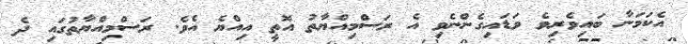
އެކަމަނާ ބައިވެރިވެ ވަޑައިގެންނެވި އެ ރަސްމިއްޔާތު އޮތީ އިއްޔެ އެވެ. ރަސްމިއްޔާތުގައި ދެ